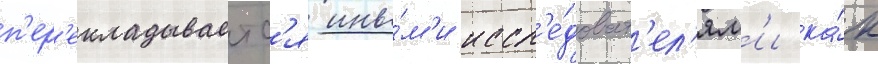
п'ер'екладываетс'я ины́м'и иссл'е́доват'ел'ям'и ка́к